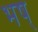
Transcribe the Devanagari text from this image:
भष्